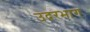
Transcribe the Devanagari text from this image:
उदरभाग